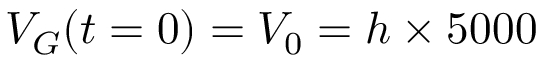
V _ { G } ( t = 0 ) = V _ { 0 } = h \times 5 0 0 0